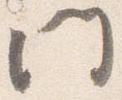
門